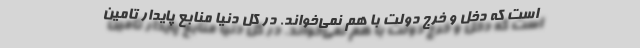
است که دخل و خرج دولت با هم نمی‌خواند. در کل دنیا منابع پایدار تامین